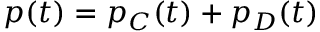
p ( t ) = p _ { C } ( t ) + p _ { D } ( t )